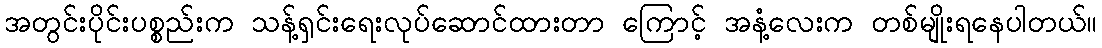
အတွင်းပိုင်းပစ္စည်းက သန့်ရှင်းရေးလုပ်ဆောင်ထားတာ ကြောင့် အနံ့လေးက တစ်မျိုးရနေပါတယ်။